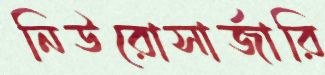
নিউরোসার্জারি